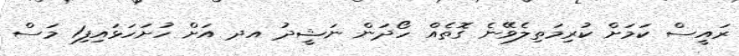
ރައީސް ކަމަށް ކުރިމަތިލެވޭނެ ގޮތެއް ހޯދަން ނަޝީދު އދ އަށް ހުށަހަޅައިފި1 މަސް